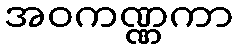
အဝကဏ္ဏကာ